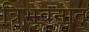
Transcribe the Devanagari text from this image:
त्रिभुवनात